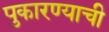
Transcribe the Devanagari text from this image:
पुकारण्याची